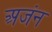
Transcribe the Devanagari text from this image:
अजंन